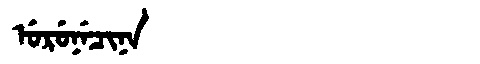
Manchu: ᡠᡵᡠᠨᡝᠴᡳᠨᠠ
Romanization: URUNECINA